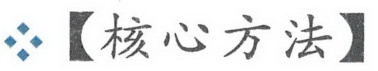
【核心方法】